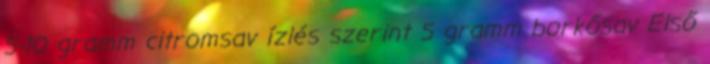
5-10 gramm citromsav ízlés szerint 5 gramm borkősav Első